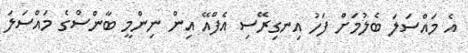
އެ މައްސަލަ ބެލުމަށް ފަހު އިނގިރޭސި އެފްއޭ އިން ނިންމީ ބާންސްގެ މައްސަލަ